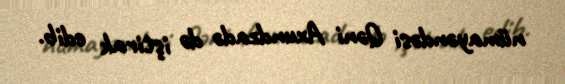
nümayəndəsi Qəni Axundzadə də iştirak edib.